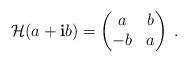
LaTeX: \begin{align*}\mathcal{H}(a+\mathbf{i}b)=\begin{pmatrix}a&b\\-b&a\end{pmatrix}\;.\end{align*}